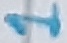
Text: 1